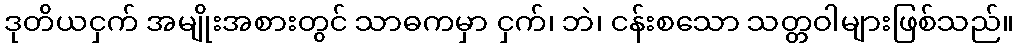
ဒုတိယငှက် အမျိုးအစားတွင် သာဓကမှာ ငှက်၊ ဘဲ၊ ငန်းစသော သတ္တဝါများဖြစ်သည်။